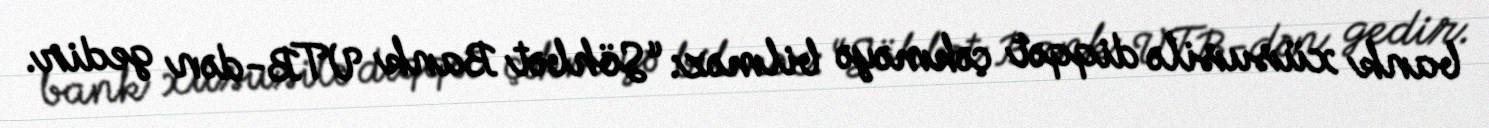
bank xüsusilə diqqət çəkməyə bilməz: “Söhbət Bank VTB-dən gedir.